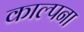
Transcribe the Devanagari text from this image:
काल्पना